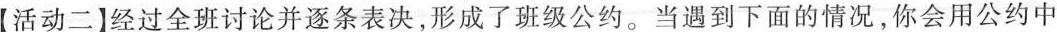
【活动二】经过全班讨论并逐条表决，形成了班级公约。当遇到下面的情况，你会用公约中